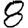
Digit: 8